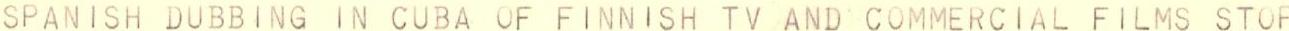
SPANISH DUBBING IN CUBA OF FINNISH TV AND COMMERCIAL FILMS STOP